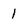
Character: 1